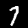
Label: 7